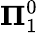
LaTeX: {\boldsymbol{\Pi}}_{1}^{0}